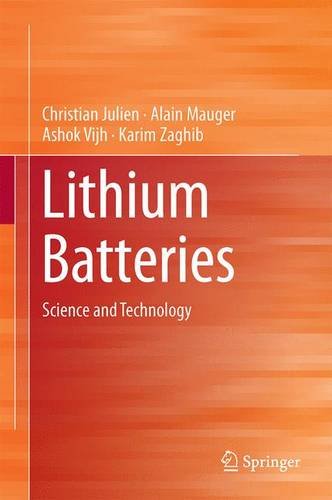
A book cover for Lithium Batteries: Science and Technology; Christian Julien; Science & Math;